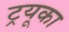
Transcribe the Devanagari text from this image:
ट्रयूका